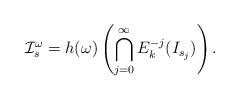
LaTeX: \begin{align*} \mathcal I ^\omega _s =h(\omega)\left(\bigcap ^{\infty} _{j=0} E_k ^{-j}( I _{s_j}) \right).\end{align*}